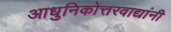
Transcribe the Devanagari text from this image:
आधुनिकोत्तरवाद्यांनी